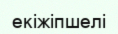
екіжіпшелі